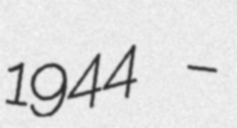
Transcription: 1944 –